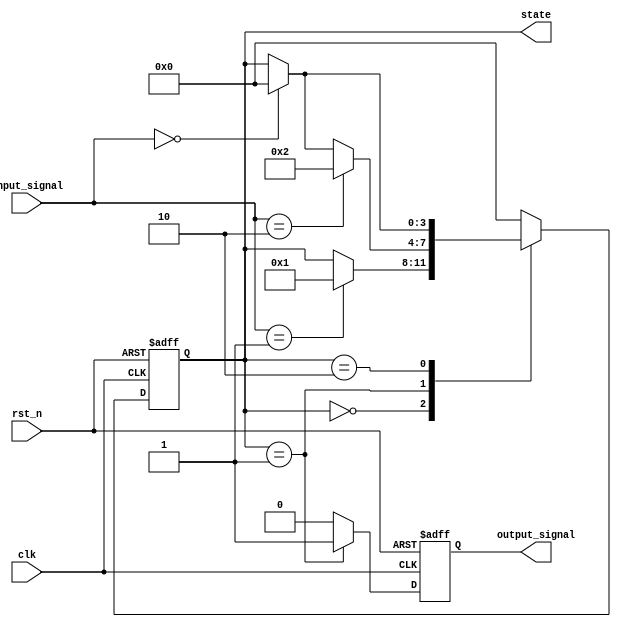
module default_state_initialization (
    input wire clk,          // Clock signal
    input wire rst_n,       // Active-low reset signal
    input wire [1:0] input_signal, // Example input signals
    output reg [3:0] state, // State variable
    output reg output_signal // Example output signal
);

// State encoding
localparam STATE_IDLE     = 4'b0000;
localparam STATE_ACTIVE   = 4'b0001;
localparam STATE_ERROR    = 4'b0010;

// State variable initialization
initial begin
    state = STATE_IDLE; // Default state
end

// Synchronous reset and state transition logic
always @(posedge clk or negedge rst_n) begin
    if (!rst_n) begin
        // Reset condition: Initialize state variables
        state <= STATE_IDLE; // Set to default state
        output_signal <= 1'b0; // Initialize output signal
    end else begin
        // State transition logic
        case (state)
            STATE_IDLE: begin
                if (input_signal == 2'b01) begin
                    state <= STATE_ACTIVE; // Transition to active state
                end
            end
            
            STATE_ACTIVE: begin
                if (input_signal == 2'b10) begin
                    state <= STATE_ERROR; // Transition to error state
                end else if (input_signal == 2'b00) begin
                    state <= STATE_IDLE; // Transition back to idle state
                end
            end
            
            STATE_ERROR: begin
                // Error handling logic
                if (input_signal == 2'b00) begin
                    state <= STATE_IDLE; // Reset to idle state
                end
            end
            
            default: state <= STATE_IDLE; // Default case
        endcase
        
        // Output logic based on current state
        case (state)
            STATE_IDLE: output_signal <= 1'b0;
            STATE_ACTIVE: output_signal <= 1'b1;
            STATE_ERROR: output_signal <= 1'b0; // Example output for error state
            default: output_signal <= 1'b0;
        endcase
    end
end

endmodule